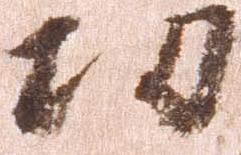
功